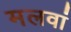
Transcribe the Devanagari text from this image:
मलवां